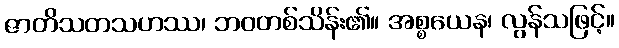
ဇာတိသတသဟဿ၊ ဘဝတစ်သိန်း၏။ အစ္စယေန၊ လွန်သဖြင့်။